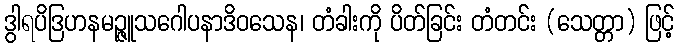
ဒွါရပိဒြဟနမဉ္ဇူသဂေါပနာဒိဝသေန၊ တံခါးကို ပိတ်ခြင်း တံတင်း (သေတ္တာ) ဖြင့်